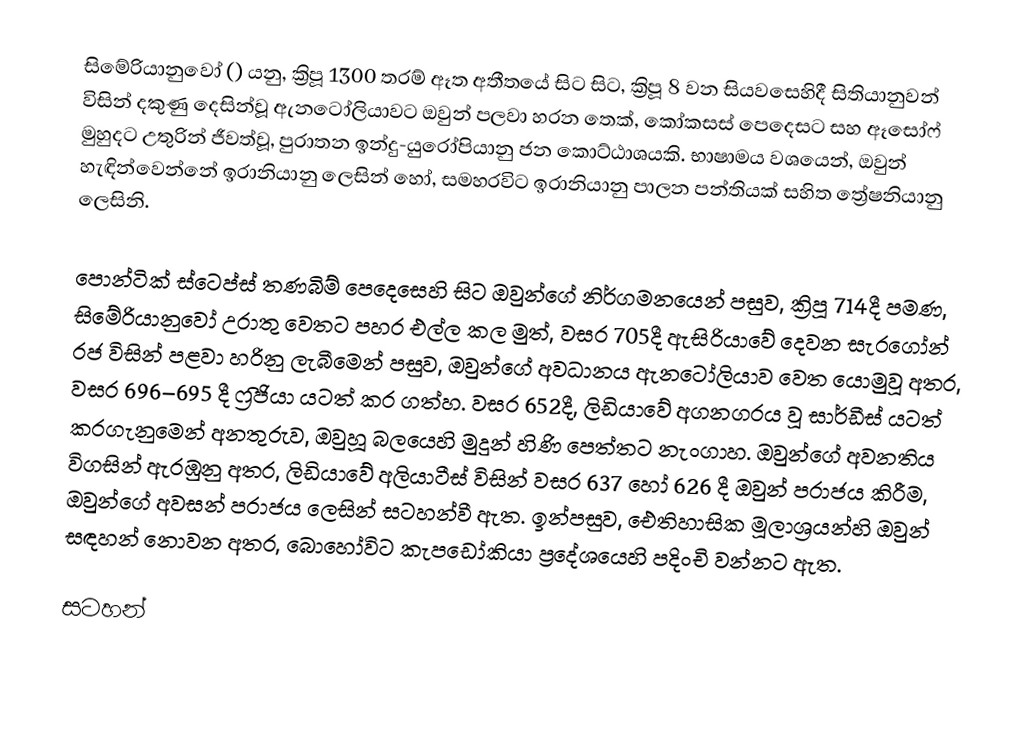
සිමේරියානුවෝ () යනු, ක්‍රිපූ 1300 තරම් ඈත අතීතයේ සිට සිට,  ක්‍රිපූ 8 වන සියවසෙහිදී  සිතියානුවන් විසින් දකුණු දෙසින්වූ ඇනටෝලියාවට ඔවුන් පලවා හරන තෙක්, කෝකසස් පෙදෙසට සහ ඈසෝෆ් මුහුදට උතුරින් ජීවත්වූ, පුරාතන ඉන්දු-යුරෝපියානු ජන කොට්ඨාශයකි. භාෂාමය වශයෙන්, ඔවුන් හැඳින්වෙන්නේ  ඉරානියානු ලෙසින් හෝ, සමහරවිට ඉරානියානු පාලන පන්තියක් සහිත  ත්‍රේෂනියානු ලෙසිනි.

පොන්ටික් ස්ටෙප්ස් තණබිම් පෙදෙසෙහි සිට ඔවුන්ගේ නිර්ගමනයෙන් පසුව,  ක්‍රිපූ 714දී පමණ, සිමේරියානුවෝ උරාතු වෙතට පහර එල්ල කල මුත්, වසර 705දී ඇසිරියාවේ දෙවන සැරගෝන් රජ විසින් පළවා හරිනු ලැබීමෙන් පසුව, ඔවුන්ගේ අවධානය ඇනටෝලියාව වෙත යොමුවූ අතර, වසර 696–695 දී ෆ්‍රිජියා යටත් කර ගත්හ. වසර 652දී, ලිඩියාවේ අගනගරය වූ සාර්ඩීස් යටත් කරගැනුමෙන් අනතුරුව,  ඔවුහූ බලයෙහි මුදුන් හිණි පෙත්තට නැංගාහ. ඔවුන්ගේ අවනතිය විගසින් ඇරඹුනු අතර, ලිඩියාවේ  අලියාටීස් විසින් වසර 637 හෝ 626 දී ඔවුන් පරාජය කිරීම, ඔවුන්ගේ අවසන් පරාජය ලෙසින් සටහන්වී ඇත. ඉන්පසුව, ඓතිහාසික මූලාශ්‍රයන්හි ඔවුන් සඳහන් නොවන අතර, බොහෝවිට කැපඩෝකියා ප්‍රදේශයෙහි පදිංචි වන්නට ඇත.

සටහන්